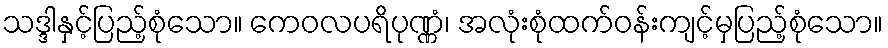
သဒ္ဒါနှင့်ပြည့်စုံသော။ ကေဝလပရိပုဏ္ဏံ၊ အလုံးစုံထက်ဝန်းကျင့်မှပြည့်စုံသော။